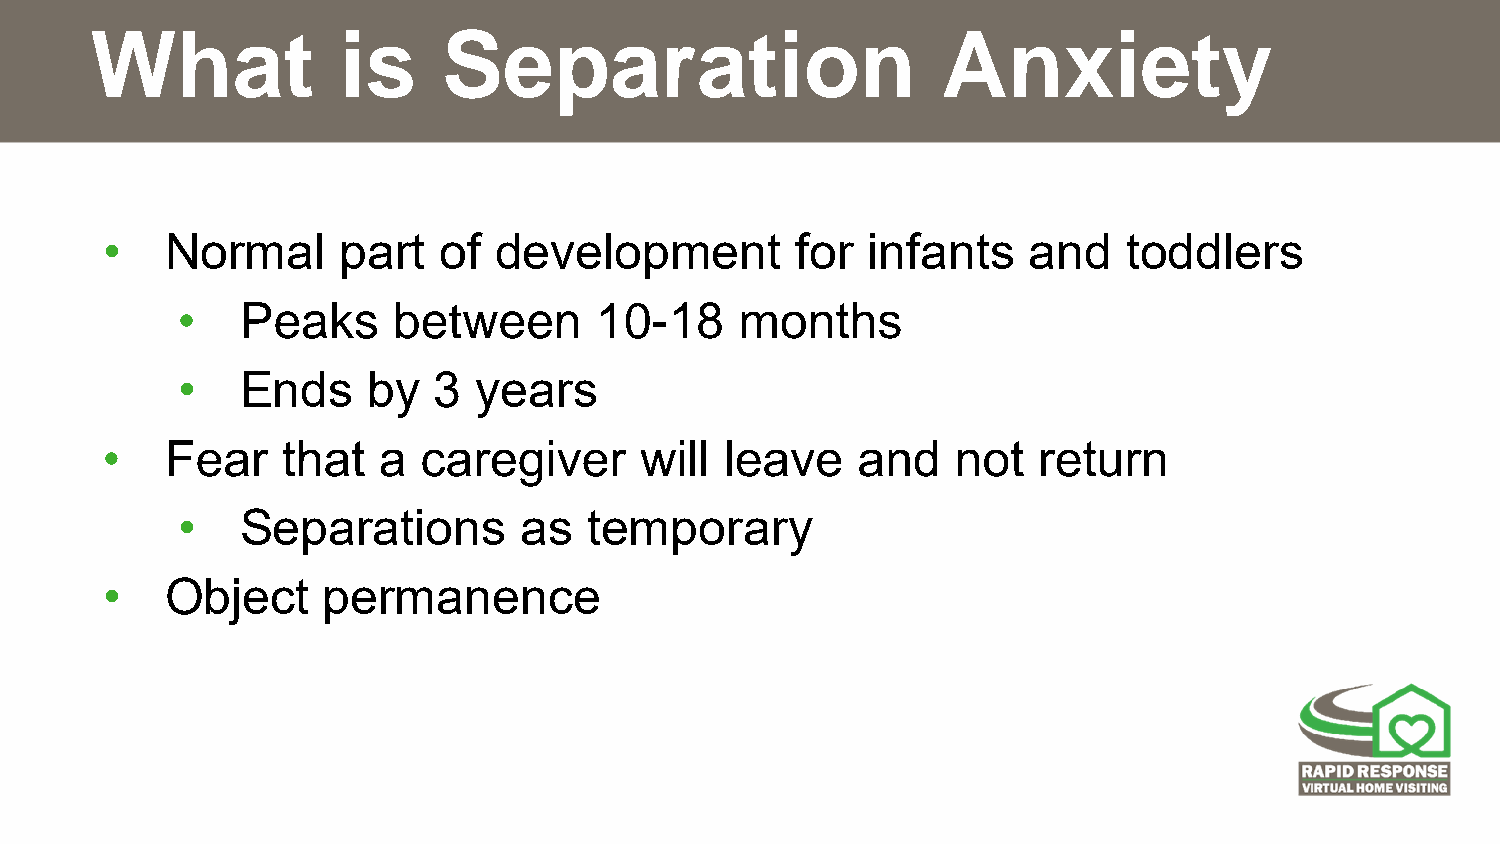
What            is     Separation                       Anxiety
 •   Normal      part  of  development         for  infants   and    toddlers​
 •   Peaks     between      10-18     months​
 •   Ends    by   3  years    ​
 •   Fear    that  a  caregiver     will  leave    and   not   return   ​
 •   Separations       as   temporary       ​
 •   Object    permanence​